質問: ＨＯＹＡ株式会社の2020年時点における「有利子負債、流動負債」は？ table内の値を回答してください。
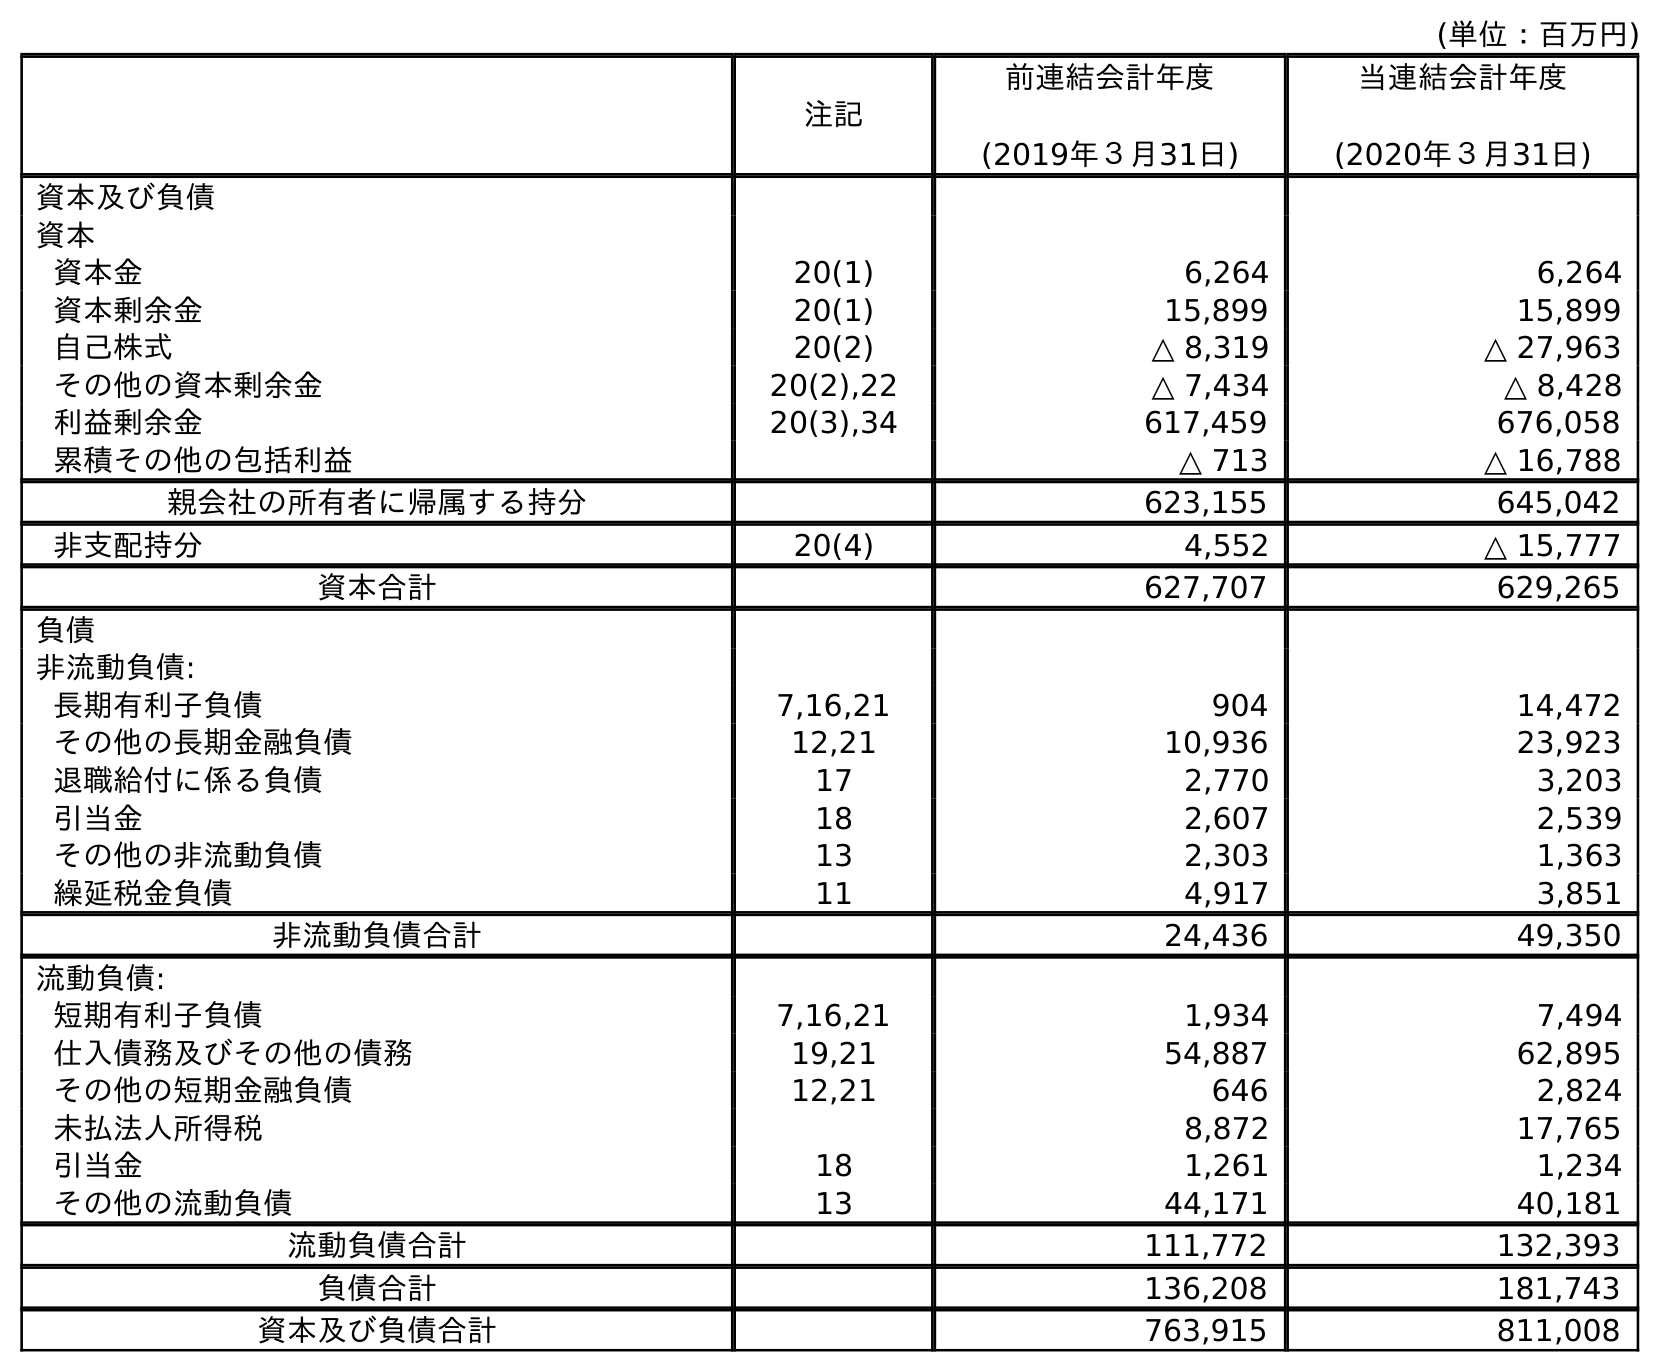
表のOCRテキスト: (単位：百万円) 注記 前連結会計年度 (2019年３月31日) 当連結会計年度 (2020年３月31日) 資本及び負債 資本 資本金 20(1) 6,264 6,264 資本剰余金 20(1) 15,899 15,899 自己株式 20(2) △ 8,319 △ 27,963 その他の資本剰余金 20(2),22 △ 7,434 △ 8,428 利益剰余金 20(3),34 617,459 676,058 累積その他の包括利益 △ 713 △ 16,788 親会社の所有者に帰属する持分 623,155 645,042 非支配持分 20(4) 4,552 △ 15,777 資本合計 627,707 629,265 負債 非流動負債: 長期有利子負債 7,16,21 904 14,472 その他の長期金融負債 12,21 10,936 23,923 退職給付に係る負債 17 2,770 3,203 引当金 18 2,607 2,539 その他の非流動負債 13 2,303 1,363 繰延税金負債 11 4,917 3,851 非流動負債合計 24,436 49,350 流動負債: 短期有利子負債 7,16,21 1,934 7,494 仕入債務及びその他の債務 19,21 54,887 62,895 その他の短期金融負債 12,21 646 2,824 未払法人所得税 8,872 17,765 引当金 18 1,261 1,234 その他の流動負債 13 44,171 40,181 流動負債合計 111,772 132,393 負債合計 136,208 181,743 資本及び負債合計 763,915 811,008
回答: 7,494